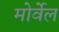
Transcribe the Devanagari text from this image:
मोर्वेल